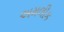
અમલીક